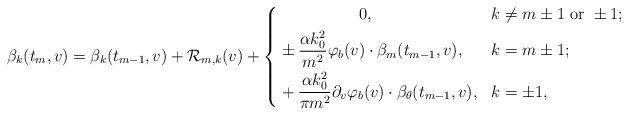
LaTeX: \begin{align*}\beta_k(t_m,v)=\beta_{k}(t_{m-1},v)+\mathcal{R}_{m,k}(v)+\left\{ \begin{aligned}&\qquad\qquad\quad0,&k&\neq m\pm 1\textnormal{ or }\pm 1;\\ &\pm\frac{\alpha k_0^2}{m^2}\varphi_b(v)\cdot\beta_m(t_{m-1},v),&k&=m\pm 1;\\ &+\frac{\alpha k_0^2}{\pi m^2}\partial_v\varphi_b(v)\cdot \beta_{\theta}(t_{m-1},v),&k&=\pm 1, \end{aligned} \right. \end{align*}